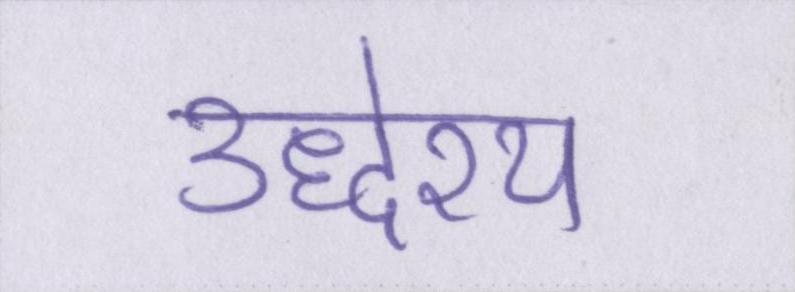
उद्धेश्य